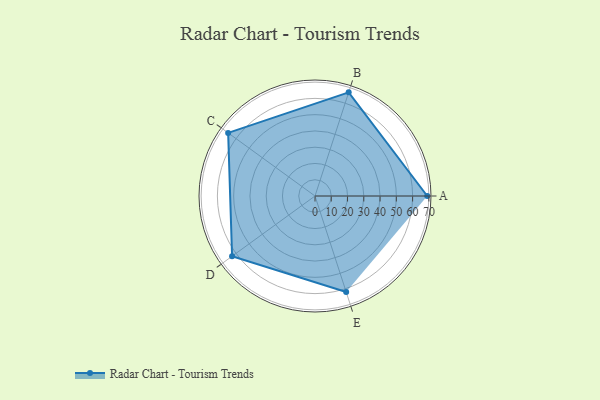
{"axis": {"x": "Skill", "y": "Score"}, "legend": ["Profile"], "data": [{"x": "A", "y": 69.0, "type": "Profile"}, {"x": "B", "y": 67.0, "type": "Profile"}, {"x": "C", "y": 66.0, "type": "Profile"}, {"x": "D", "y": 63.0, "type": "Profile"}, {"x": "E", "y": 62.0, "type": "Profile"}]}